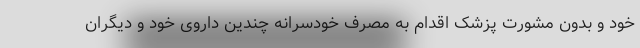
خود و بدون مشورت پزشک اقدام به مصرف خودسرانه چندین داروی خود و دیگران